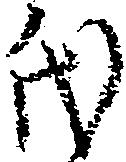
氏